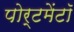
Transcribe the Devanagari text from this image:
पोर्टमेंटॉ